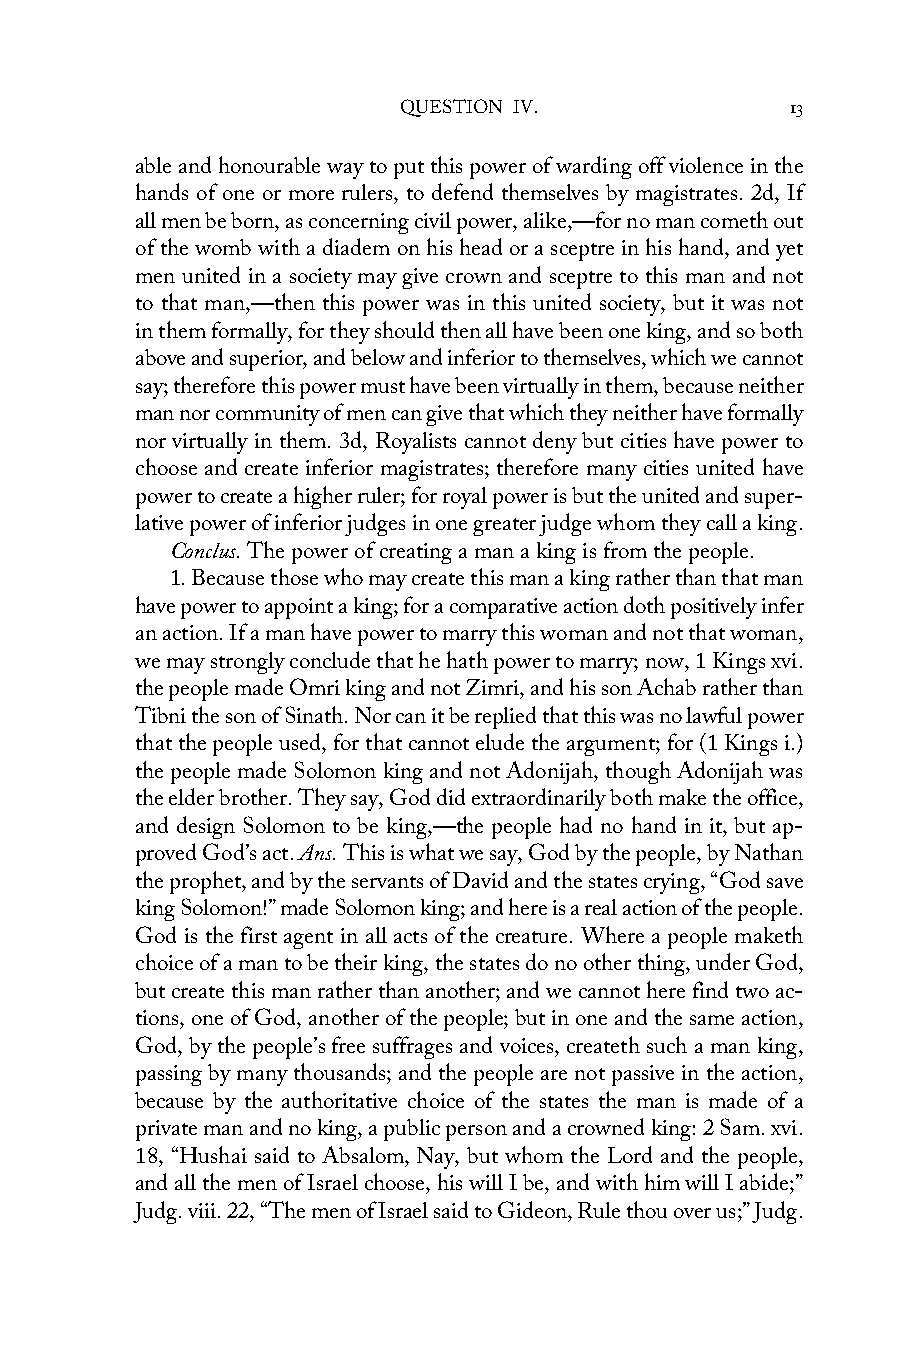
QUESTION IV.              13
 able and honourable way to put this power of warding off violence in the
 hands of one or more rulers, to defend themselves by magistrates. 2d, If
 all men be born, as concerning civil power, alike,—for no man cometh out
 of the womb with a diadem on his head or a sceptre in his hand, and yet
 men united in a society may give crown and sceptre to this man and not
 to that man,—then this power was in this united society, but it was not
 in them formally, for they should then all have been one king, and so both
 above and superior, and below and inferior to themselves, which we cannot
 say; therefore this power must have been virtually in them, because neither
 man nor community of men can give that which they neither have formally
 nor virtually in them. 3d, Royalists cannot deny but cities have power to
 choose and create inferior magistrates; therefore many cities united have
 power to create a higher ruler; for royal power is but the united and super-
 lative power of inferior judges in one greater judge whom they call a king.
 Conclus. The power of creating a man a king is from the people.
 1. Because those who may create this man a king rather than that man
 have power to appoint a king; for a comparative action doth positively infer
 an action. If a man have power to marry this woman and not that woman,
 we may strongly conclude that he hath power to marry; now, 1 Kings xvi.
 the people made Omri king and not Zimri, and his son Achab rather than
 Tibni the son of Sinath. Nor can it be replied that this was no lawful power
 that the people used, for that cannot elude the argument; for (1 Kings i.)
 the people made Solomon king and not Adonijah, though Adonijah was
 the elder brother. They say, God did extraordinarily both make the office,
 and design Solomon to be king,—the people had no hand in it, but ap-
 proved God’s act. Ans. This is what we say, God by the people, by Nathan
 the prophet, and by the servants of David and the states crying, “God save
 king Solomon!” made Solomon king; and here is a real action of the people.
 God is the first agent in all acts of the creature. Where a people maketh
 choice of a man to be their king, the states do no other thing, under God,
 but create this man rather than another; and we cannot here find two ac-
 tions, one of God, another of the people; but in one and the same action,
 God, by the people’s free suffrages and voices, createth such a man king,
 passing by many thousands; and the people are not passive in the action,
 because by the authoritative choice of the states the man is made of a
 private man and no king, a public person and a crowned king: 2 Sam. xvi.
 18, “Hushai said to Absalom, Nay, but whom the Lord and the people,
 and all the men of Israel choose, his will I be, and with him will I abide;”
 Judg. viii. 22, “The men of Israel said to Gideon, Rule thou over us;” Judg.